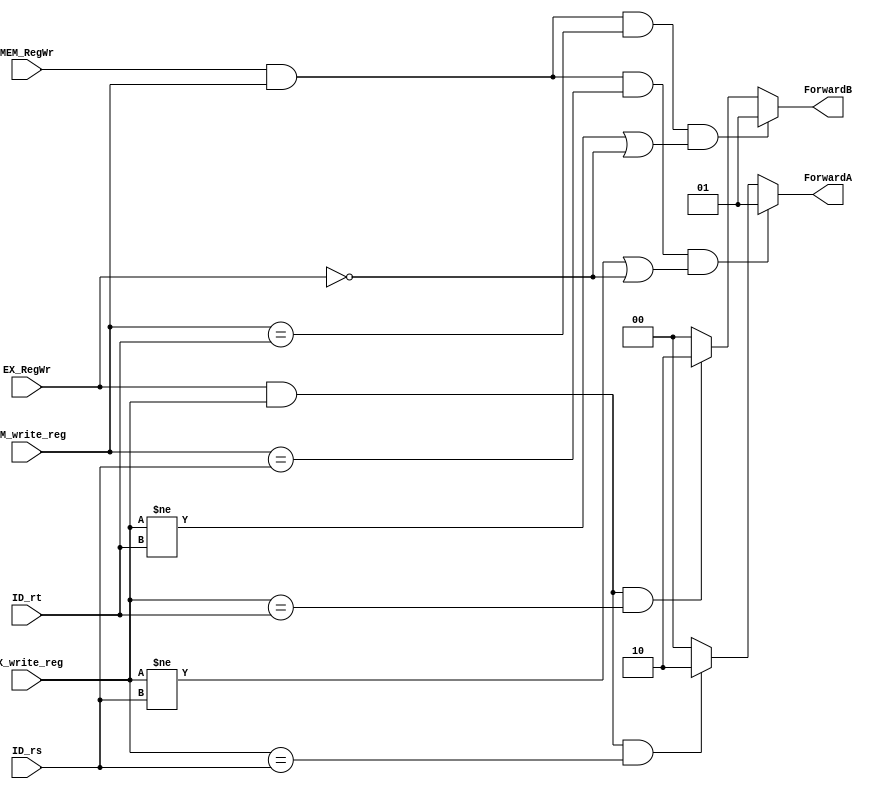
`timescale 1ns/1ps
module ForwardingUnitA (
    input [4:0] EX_write_reg,
    input [4:0] MEM_write_reg,
    input [4:0] ID_rt,
    input [4:0] ID_rs,
    input EX_RegWr,
    input MEM_RegWr,
    output [1:0] ForwardA,
    output [1:0] ForwardB
);
    reg [1:0] fa;
    reg [1:0] fb;
    assign ForwardA = fa;
    assign ForwardB = fb;
    always @(*) begin
        fa <= 2'b0;
        fb <= 2'b0;
        if (EX_RegWr && EX_write_reg && EX_write_reg == ID_rs)
            fa <= 2'b10;
        if (EX_RegWr && EX_write_reg && EX_write_reg == ID_rt)
            fb <= 2'b10;
        if (MEM_RegWr && MEM_write_reg && MEM_write_reg == ID_rs &&
        (EX_write_reg != ID_rs || ~EX_RegWr))
            fa <= 2'b01;
        if (MEM_RegWr && MEM_write_reg && MEM_write_reg == ID_rt &&
        (EX_write_reg != ID_rt || ~EX_RegWr))
            fb <= 2'b01;
    end
endmodule

module ForwardingUnitB (
    input [4:0] EX_write_reg,
    input [4:0] ID_write_reg,
    input [4:0] MEM_write_reg,
    input EX_RegWr,
    input ID_RegWr,
    input MemRead,
    input [4:0] ID_rs,
    input [4:0] ID_rt,
    output [1:0] CompareA,
    output [1:0] CompareB
);
    reg [1:0] ca;
    reg [1:0] cb;
    assign CompareA = ca;
    assign CompareB = cb;
    always @(*) begin
        ca <= 2'b00;
        cb <= 2'b00;
        if (ID_RegWr && ID_write_reg && ID_write_reg == ID_rs)
            ca <= 2'b01;
        if (ID_RegWr && ID_write_reg && ID_write_reg == ID_rt)
            cb <= 2'b01;
        if (EX_RegWr && EX_write_reg && EX_write_reg == ID_rs)
            ca <= 2'b10;
        if (EX_RegWr && EX_write_reg && EX_write_reg == ID_rt)
            cb <= 2'b10;
        if (MemRead && MEM_write_reg && MEM_write_reg == ID_rs)
            ca <= 2'b11;
        if (MemRead && MEM_write_reg && MEM_write_reg == ID_rt)
            cb <= 2'b11;
    end
endmodule

module ForwardingUnitC (
    input [4:0] WB_write_reg,
    input [4:0] MEM_write_reg,
    input WB_RegWr,
    input MemWr,
    output ForwardC
);
    reg fc;
    assign ForwardC = fc;
    always @(*) begin
        fc <= 1'b0;
        if ((WB_write_reg == MEM_write_reg) && WB_RegWr && MemWr && WB_write_reg)
            fc <= 1'b1;
    end
endmodule